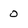
Character: 0